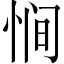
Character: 𫺒